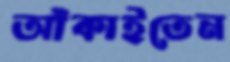
আঁকাইতেন